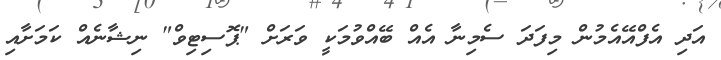
އަދި އެފްއޭއެމުން މިފަދަ ސެމިނާ އެއް ބޭއްވުމަކީ ވަރަށް "ޕޮސިޓިވް" ނިޝާނެއް ކަމަށާއި